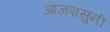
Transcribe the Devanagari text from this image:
आजपासुनी